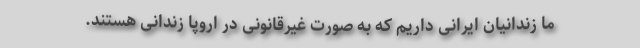
ما زندانیان ایرانی داریم که به صورت غیرقانونی در اروپا زندانی هستند.